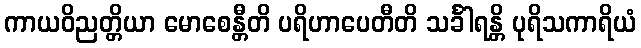
ကာယဝိညတ္တိယာ မောစေန္တီတိ ပရိဟာပေတီတိ သင်္ခါရန္တိ ပုရိသကာရိယံ